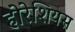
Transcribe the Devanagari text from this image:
होरेशियस